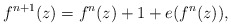
\begin{align*}f^{n+1}(z) = f^n(z)+1 +e(f^n(z)),\end{align*}